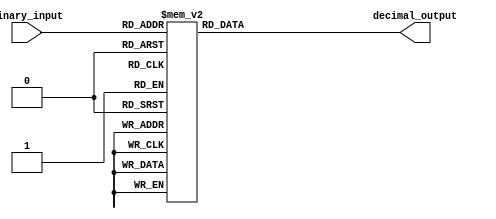
module DecimalDecoder(
    input [3:0] binary_input,
    output reg [3:0] decimal_output
);

always @(*)
begin
    case(binary_input)
        4'b0000: decimal_output = 4'b0000; // Decimal 0
        4'b0001: decimal_output = 4'b0001; // Decimal 1
        4'b0010: decimal_output = 4'b0010; // Decimal 2
        4'b0011: decimal_output = 4'b0011; // Decimal 3
        4'b0100: decimal_output = 4'b0100; // Decimal 4
        4'b0101: decimal_output = 4'b0101; // Decimal 5
        4'b0110: decimal_output = 4'b0110; // Decimal 6
        4'b0111: decimal_output = 4'b0111; // Decimal 7
        4'b1000: decimal_output = 4'b1000; // Decimal 8
        4'b1001: decimal_output = 4'b1001; // Decimal 9
        default: decimal_output = 4'bxxxx; // Error condition
    endcase

end
endmodule